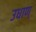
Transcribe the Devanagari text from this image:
उधाण्